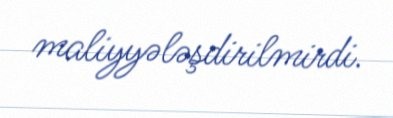
maliyyələşdirilmirdi.